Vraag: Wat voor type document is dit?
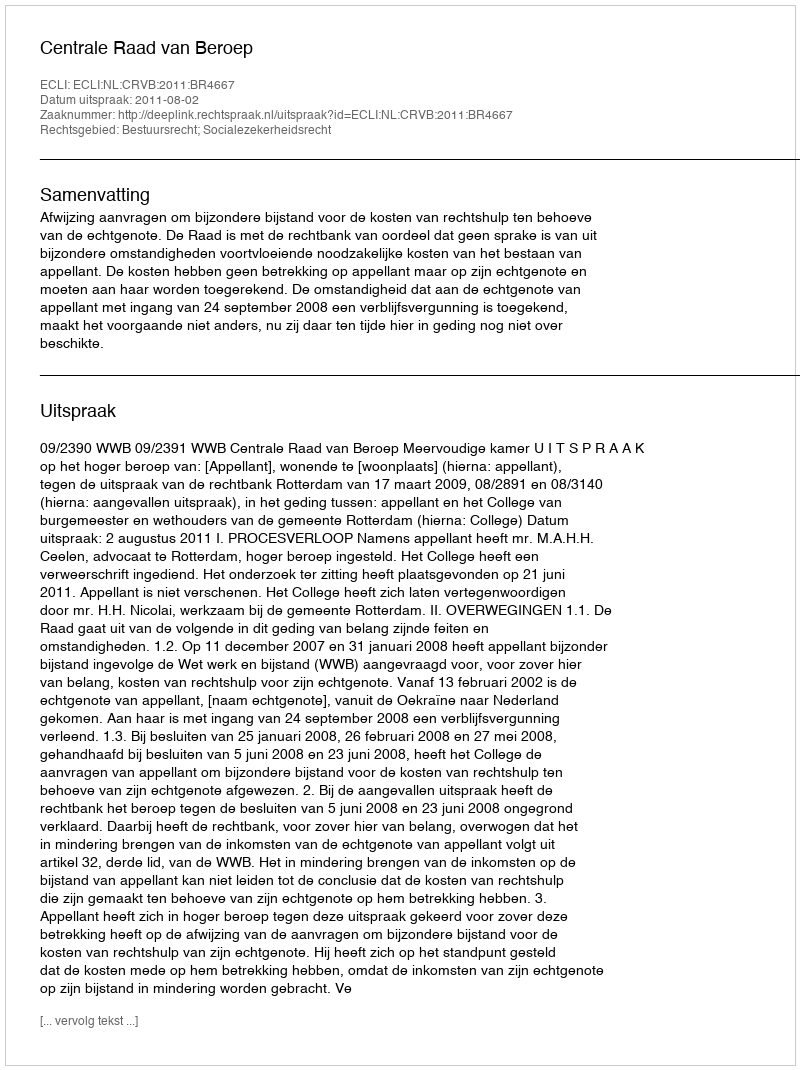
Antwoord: Uitspraak